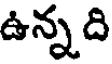
ఉన్న ది